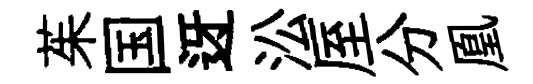
茱国迓㳂厔分凰